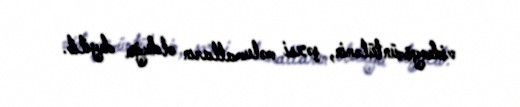
videogörüntülərin, şəxsi məlumatların olduğu deyilib.